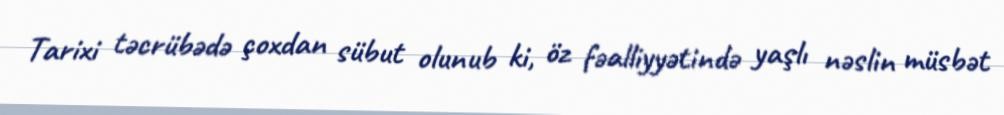
Tarixi təcrübədə çoxdan sübut olunub ki, öz fəalliyyətində yaşlı nəslin müsbət